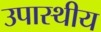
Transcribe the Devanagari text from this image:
उपास्थीय